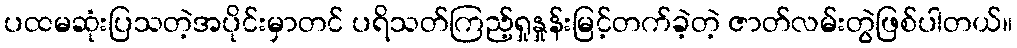
ပထမဆုံးပြသတဲ့အပိုင်းမှာတင် ပရိသတ်ကြည့်ရှုနှုန်းမြင့်တက်ခဲ့တဲ့ ဇာတ်လမ်းတွဲဖြစ်ပါတယ်။